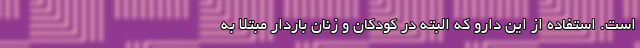
است. استفاده از این دارو که البته در کودکان و زنان باردار مبتلا به